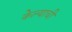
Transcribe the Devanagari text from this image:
केेल्याची